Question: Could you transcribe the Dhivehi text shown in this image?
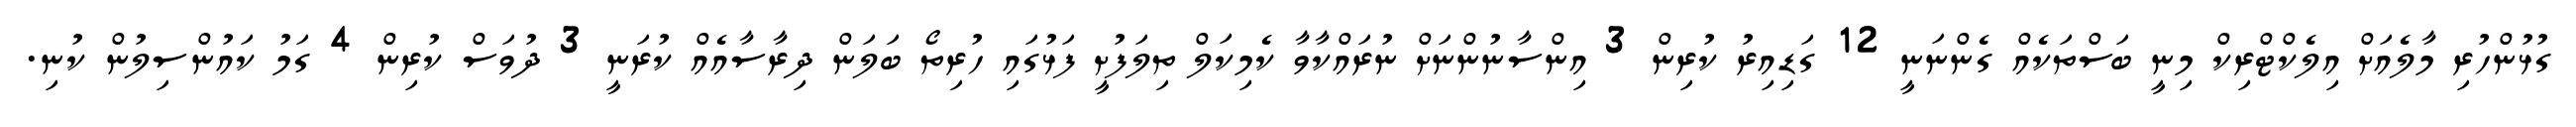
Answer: ގުޅުންހުރި މާލެއަށް އިލެކްޓްރިކް މިނީ ބަސްތަކެއް ގެންނަނީ 12 ގަޑިއިރު ކުރިން 3 އިންސާނުންނަށް ނުރައްކާވާ ކެމިކަލް ތިލަފުށީ ފަޅުގައި ހުރިތޯ ބަލަން ދިރާސާއެއް ކުރަނީ 3 ދުވަސް ކުރިން 4 ގަމު ކައުންސިލުން ކުނި.